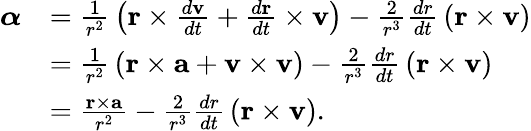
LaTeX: {\begin{array}{rl}{{\boldsymbol{\alpha}}}&{={\frac{1}{r^{2}}}\left(\mathbf{r}\times{\frac{d\mathbf{v}}{dt}}+{\frac{d\mathbf{r}}{dt}}\times\mathbf{v}\right)-{\frac{2}{r^{3}}}{\frac{dr}{dt}}\left(\mathbf{r}\times\mathbf{v}\right)}\\ &{={\frac{1}{r^{2}}}\left(\mathbf{r}\times\mathbf{a}+\mathbf{v}\times\mathbf{v}\right)-{\frac{2}{r^{3}}}{\frac{dr}{dt}}\left(\mathbf{r}\times\mathbf{v}\right)}\\ &{={\frac{\mathbf{r}\times\mathbf{a}}{r^{2}}}-{\frac{2}{r^{3}}}{\frac{dr}{dt}}\left(\mathbf{r}\times\mathbf{v}\right).}\end{array}}